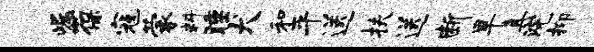
崛葆寇蒙料睡犬和平送扶送断旱真浣抑